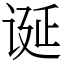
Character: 诞